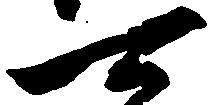
可